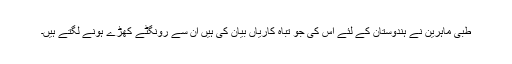
طبی ماہرین نے ہندوستان کے لئے اس کی جو تباہ کاریاں بیان کی ہیں ان سے رونگٹے کھڑے ہونے لگتے ہیں۔